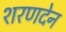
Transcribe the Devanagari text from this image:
शरणदेन